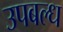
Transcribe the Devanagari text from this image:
उपबल्ध